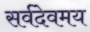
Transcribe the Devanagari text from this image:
सर्वदेवमय